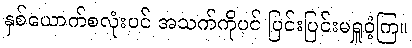
နှစ်ယောက်စလုံးပင် အသက်ကိုပင် ပြင်းပြင်းမရှူဝံ့ကြ။